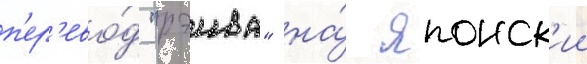
п'ер'ево́д "рэива" на́ японск'ии